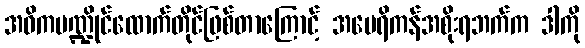
အဓိကမဏ္ဍိုင်ထောက်တိုင်ဖြစ်တာကြောင့် အမေရိကန်အစိုးရဘက်က ဒါကို